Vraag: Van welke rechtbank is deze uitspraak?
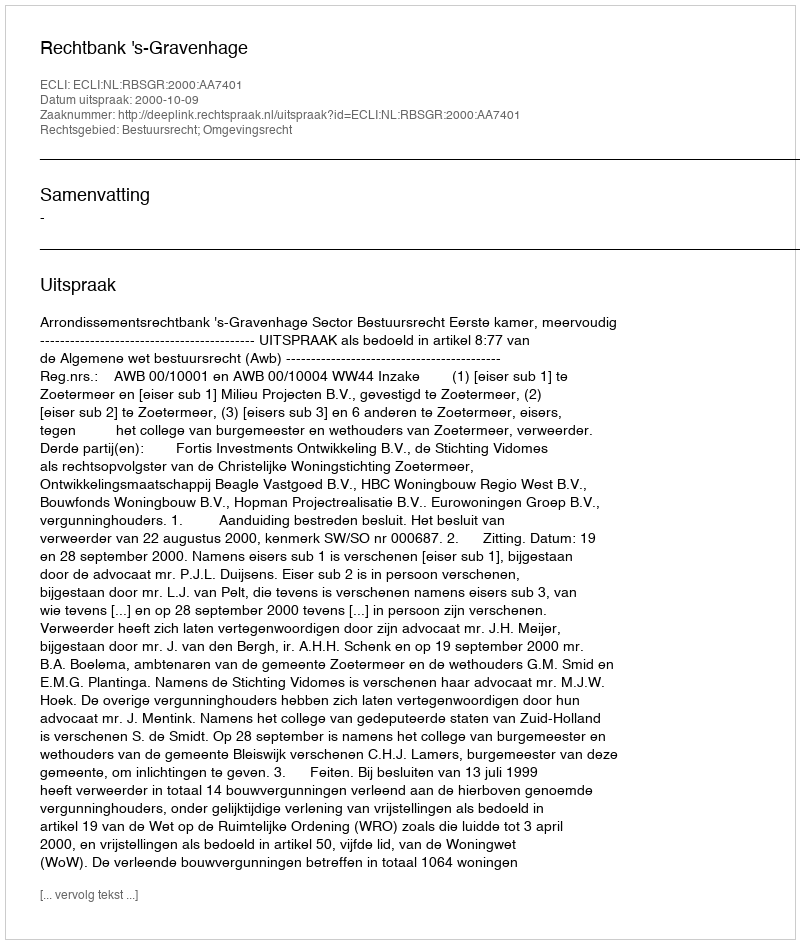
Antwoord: Rechtbank 's-Gravenhage